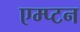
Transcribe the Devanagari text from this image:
एम्प्टन